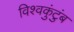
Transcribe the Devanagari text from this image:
विश्वकुंटुंब